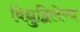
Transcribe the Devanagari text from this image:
विद्युद्विलेष्य